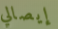
إيصالي